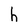
Character: h